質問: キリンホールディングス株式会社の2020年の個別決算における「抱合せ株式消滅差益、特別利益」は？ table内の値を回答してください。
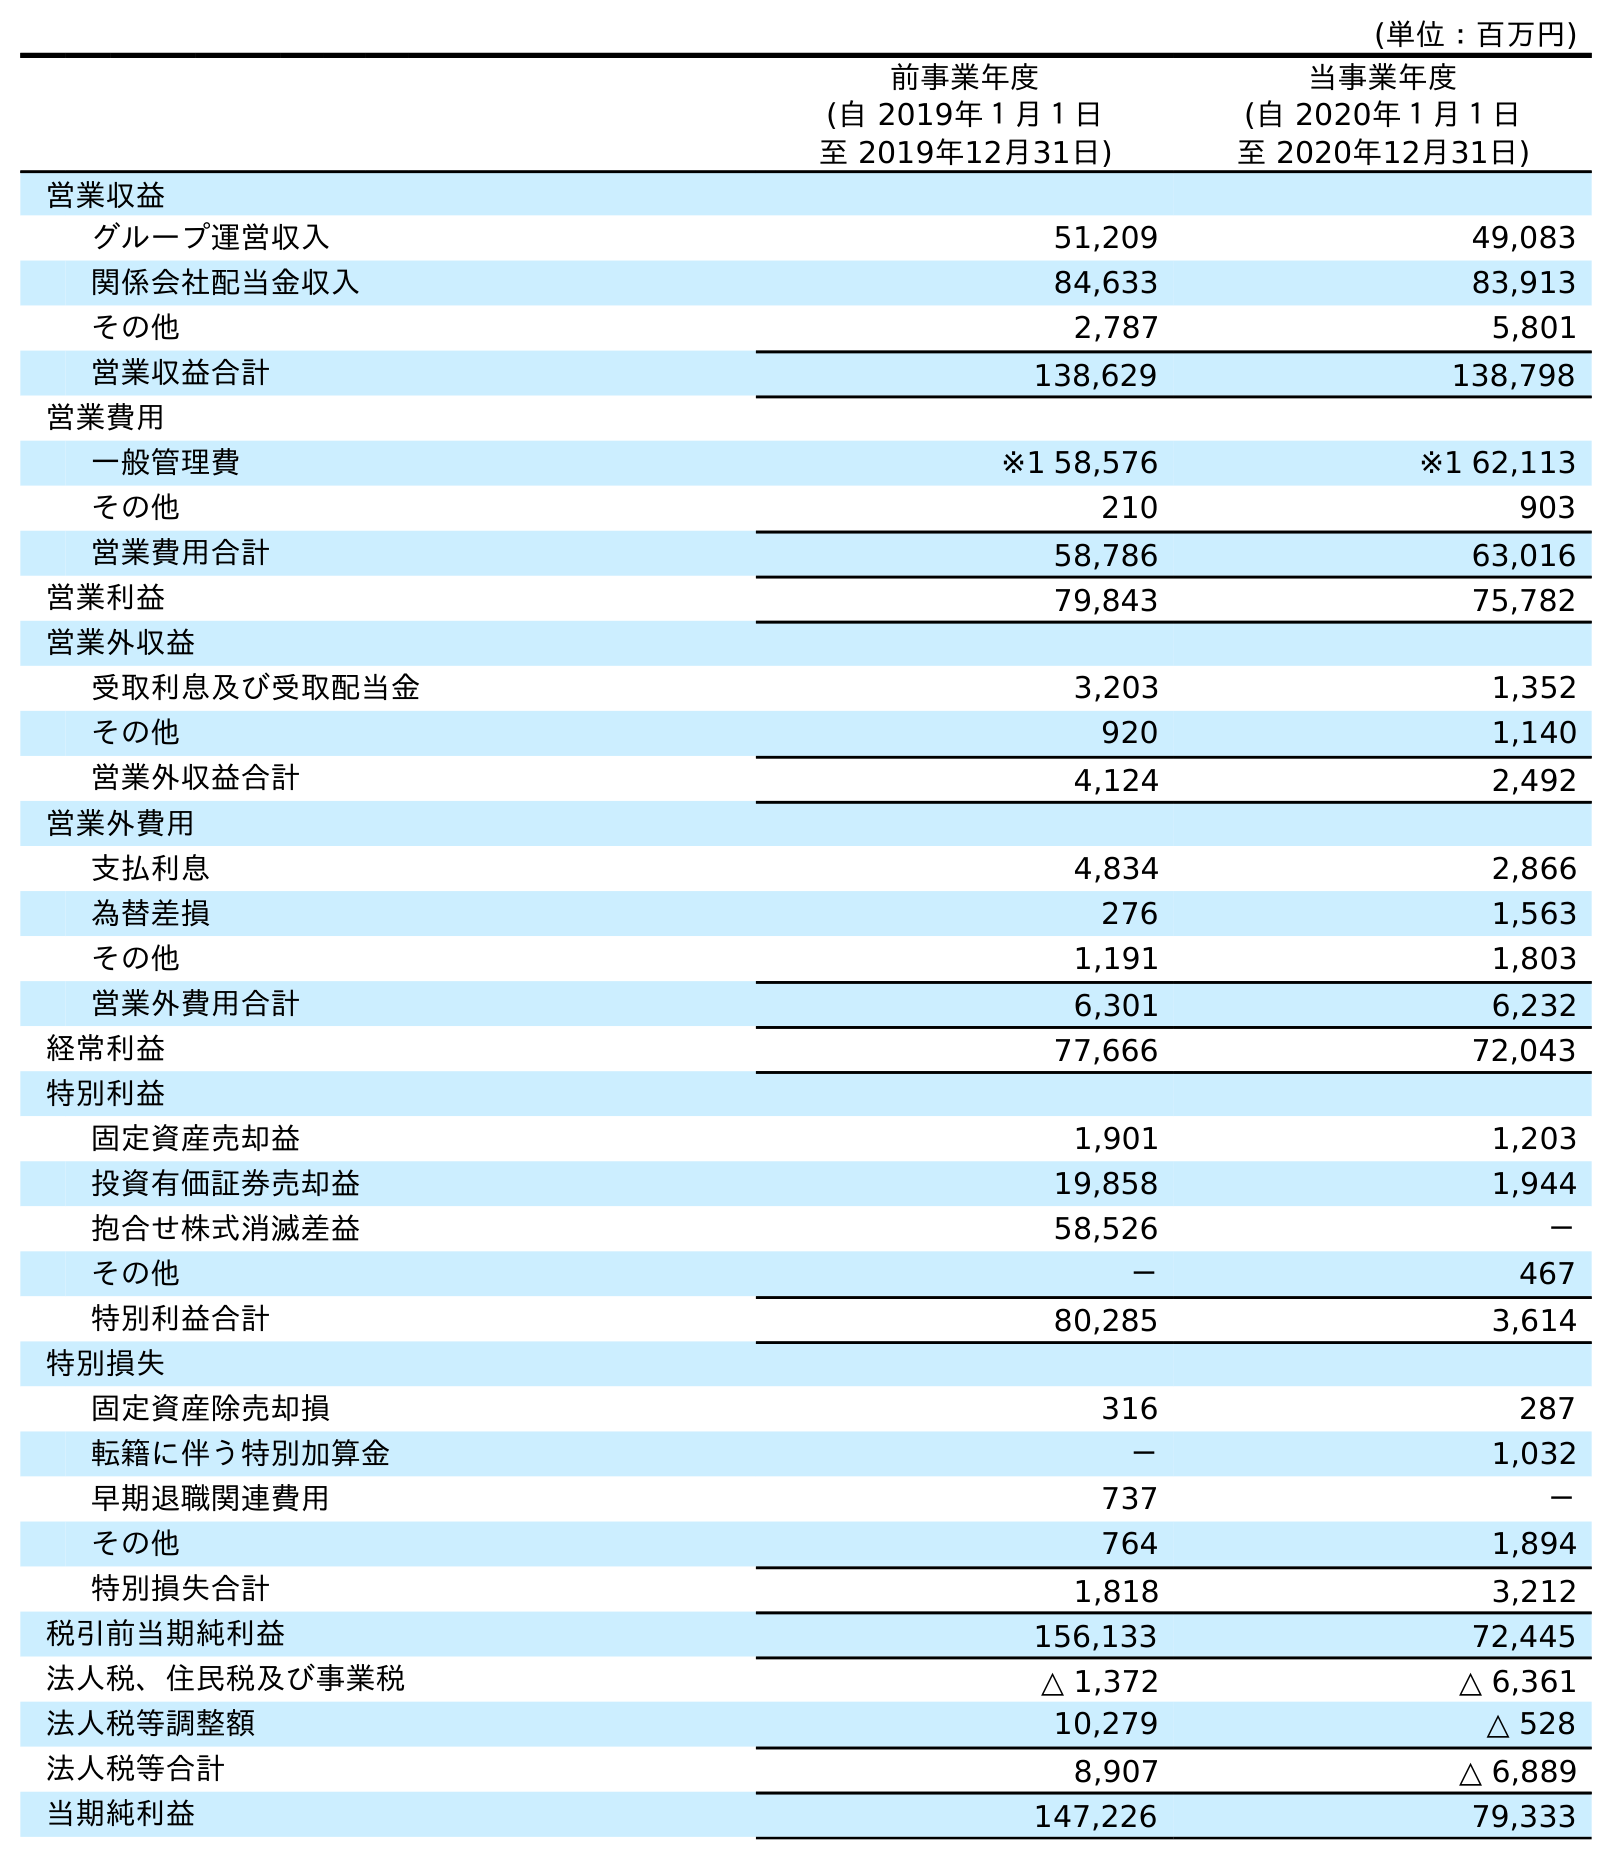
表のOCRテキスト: (単位：百万円) 前事業年度 (自 2019年１月１日 至 2019年12月31日) 当事業年度 (自 2020年１月１日 至 2020年12月31日) 営業収益 グループ運営収入 51,209 49,083 関係会社配当金収入 84,633 83,913 その他 2,787 5,801 営業収益合計 138,629 138,798 営業費用 一般管理費 ※1 58,576 ※1 62,113 その他 210 903 営業費用合計 58,786 63,016 営業利益 79,843 75,782 営業外収益 受取利息及び受取配当金 3,203 1,352 その他 920 1,140 営業外収益合計 4,124 2,492 営業外費用 支払利息 4,834 2,866 為替差損 276 1,563 その他 1,191 1,803 営業外費用合計 6,301 6,232 経常利益 77,666 72,043 特別利益 固定資産売却益 1,901 1,203 投資有価証券売却益 19,858 1,944 抱合せ株式消滅差益 58,526 － その他 － 467 特別利益合計 80,285 3,614 特別損失 固定資産除売却損 316 287 転籍に伴う特別加算金 － 1,032 早期退職関連費用 737 － その他 764 1,894 特別損失合計 1,818 3,212 税引前当期純利益 156,133 72,445 法人税、住民税及び事業税 △ 1,372 △ 6,361 法人税等調整額 10,279 △ 528 法人税等合計 8,907 △ 6,889 当期純利益 147,226 79,333
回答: －